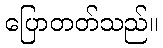
ပြောတတ်သည်။